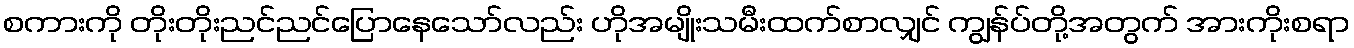
စကားကို တိုးတိုးညင်ညင်ပြောနေသော်လည်း ဟိုအမျိုးသမီးထက်စာလျှင် ကျွန်ပ်တို့အတွက် အားကိုးစရာ